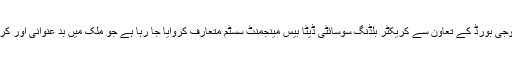
انہوں نے کہا کہ آج پنجاب انفارمیشن ٹیکنالوجی بورڈ کے تعاون سے کریکٹر بلڈنگ سوسائٹی ڈیٹا بیس مینجمنٹ سسٹم متعارف کروایا جا رہا ہے جو ملک میں بد عنوانی اور کرپشن کے خاتمے کیلئے مدد گار ثابت ہو گا۔